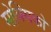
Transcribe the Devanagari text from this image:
मोक्सिको